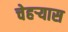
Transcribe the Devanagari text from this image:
चेहर्‍यास